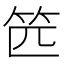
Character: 𰩰